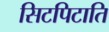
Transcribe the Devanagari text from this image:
सिटपिटाति